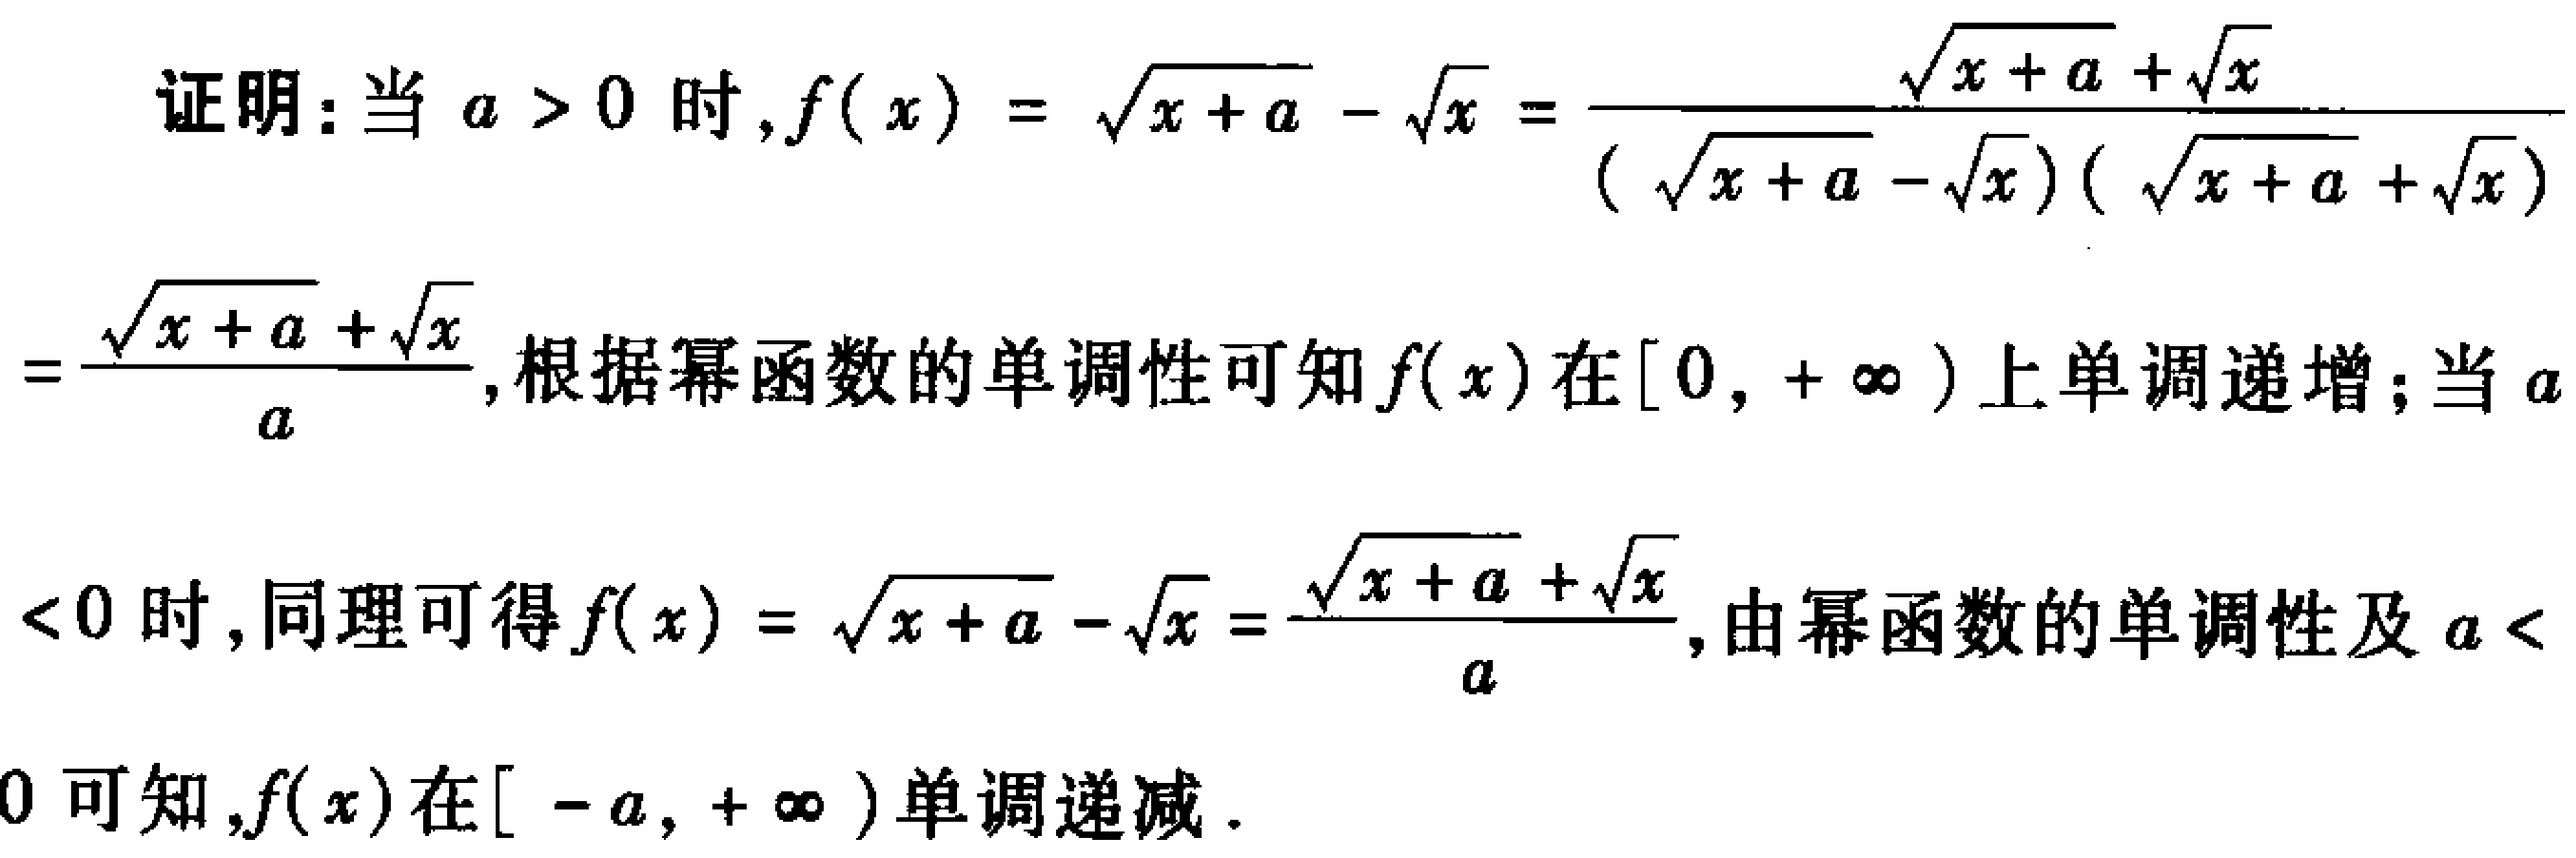
证明：当 \(a > 0\) 时，\(f(x)=\sqrt{x + a}-\sqrt{x}=\frac{\sqrt{x + a}+\sqrt{x}}{(\sqrt{x + a}-\sqrt{x})(\sqrt{x + a}+\sqrt{x})}=\frac{\sqrt{x + a}+\sqrt{x}}{a}\)，根据幂函数的单调性可知 \(f(x)\) 在 \([0, +\infty)\) 上单调递增；当 \(a<0\) 时，同理可得 \(f(x)=\sqrt{x + a}-\sqrt{x}=\frac{\sqrt{x + a}+\sqrt{x}}{a}\)，由幂函数的单调性及 \(a < 0\) 可知，\(f(x)\) 在 \([-a, +\infty)\) 单调递减．